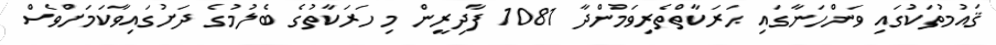
ޤައުމުތަކުގައި ވަންހަނާގައި ޙަރަކާތްތެރިވަމުންދާ 1081 ފާދިރީން މި ހަރަކާތުގެ ބެލުމުގެ ދަށުގައިވާކަމަށްވެސް